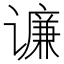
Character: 𲂕